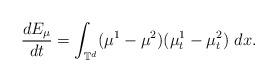
LaTeX: \begin{align*}\frac{dE_{\mu}}{dt}=\int_{\mathbb{T}^{d}}(\mu^{1}-\mu^{2})(\mu^{1}_{t}-\mu^{2}_{t})\ dx.\end{align*}